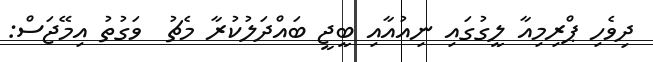
ދިވެހި ޕްރިމިއާ ލީގުގައި ނިއުއާއި ބީޖީ ބައްދަލުކުރާ މެޗު  ވަގުތު އިމޭޖަސް: